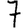
Digit: 7